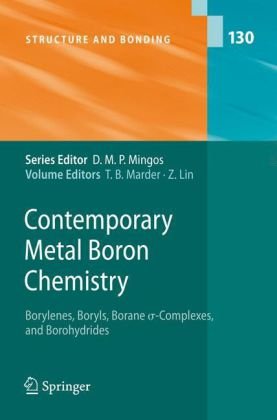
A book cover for Contemporary Metal Boron Chemistry I: Borylenes, Boryls, Borane Sigma-Complexes, and Borohydrides (Structure and Bonding); Science & Math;